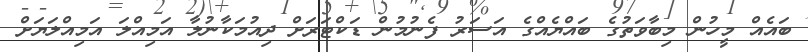
ބައެއް މީހުން މިބާވަތުގެ ބައްޔެއްގެ އަސަރު ފެނުމުން ޑަކްޓަރަށް ދިއުމަކާނުލާ އަމިއްލަ އަމިއްލަޔަށް